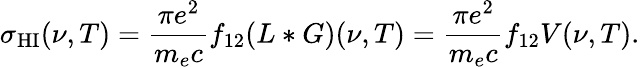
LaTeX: \sigma_{\mathrm{HI}}(\nu,T)=\frac{\pi e^{2}}{m_{e}c}f_{12}(L*G)(\nu,T)=\frac{\pi e^{2}}{m_{e}c}f_{12}V(\nu,T).